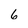
Character: 6